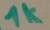
Text: 1k